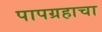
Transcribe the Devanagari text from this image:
पापग्रहाचा